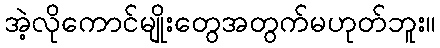
အဲ့လိုကောင်မျိုးတွေအတွက်မဟုတ်ဘူး။